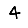
Digit: 4